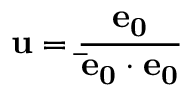
\mathbf { u } = \frac { \mathbf { e _ { 0 } } } { \mathbf { \bar { e } _ { 0 } } \cdot \mathbf { e _ { 0 } } }